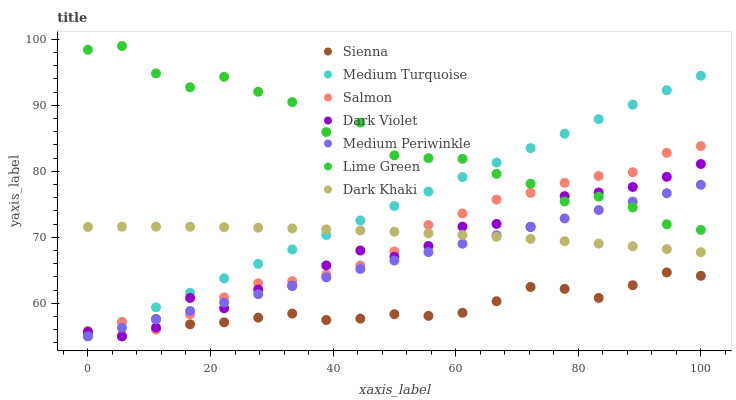
| xaxis_label | Sienna | Medium Turquoise | Salmon | Dark Violet | Medium Periwinkle | Lime Green | Dark Khaki |
 | --- | --- | --- | --- | --- | --- | --- | --- |
 | 0 | 55.8 | 55 | 55 | 55.6 | 55 | 98.4 | 71.6 |
 | 5.56 | 55 | 57.2 | 57.1 | 55 | 56.3 | 99 | 71.6 |
 | 11.1 | 57.6 | 59.4 | 56 | 56.3 | 57.6 | 94.8 | 71.6 |
 | 16.7 | 56.8 | 61.6 | 58.3 | 60.8 | 58.8 | 92.7 | 71.6 |
 | 22.2 | 57.1 | 63.8 | 60.9 | 59.2 | 60.1 | 94.3 | 71.5 |
 | 27.8 | 57.8 | 66 | 63 | 62.1 | 61.4 | 92.1 | 71.5 |
 | 33.3 | 58.4 | 68.2 | 63.4 | 62.7 | 62.7 | 90.5 | 71.3 |
 | 38.9 | 57.5 | 70.4 | 64.3 | 65.7 | 63.9 | 86 | 71.2 |
 | 44.4 | 57.7 | 72.6 | 65.7 | 68 | 65.2 | 87.4 | 71 |
 | 50 | 58.3 | 74.7 | 67.9 | 67 | 66.5 | 82.4 | 70.8 |
 | 55.6 | 58.1 | 76.9 | 71.9 | 68.7 | 67.8 | 82 | 70.6 |
 | 61.1 | 58.6 | 79.1 | 73.6 | 71.6 | 69 | 81.9 | 70.4 |
 | 66.7 | 60.3 | 81.3 | 75.7 | 72 | 70.3 | 79.6 | 70.1 |
 | 72.2 | 62.5 | 83.5 | 76.7 | 71.6 | 71.6 | 78.1 | 69.8 |
 | 77.8 | 62.2 | 85.7 | 78.3 | 76.3 | 72.9 | 75.4 | 69.4 |
 | 83.3 | 60.8 | 87.9 | 79.3 | 76.8 | 74.1 | 76.2 | 69 |
 | 88.9 | 62.7 | 90.1 | 79.9 | 77.6 | 75.4 | 74.5 | 68.6 |
 | 94.4 | 64.7 | 92.3 | 82.8 | 79.2 | 76.7 | 72 | 68.2 |
 | 100 | 64.2 | 94.5 | 83.8 | 81.1 | 78 | 71.1 | 67.8 |